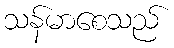
သန်မာစေသည်